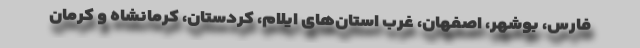
فارس، بوشهر، اصفهان، غرب استان‌های ایلام، کردستان، کرمانشاه و کرمان